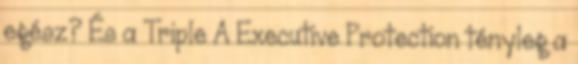
egész? És a Triple A Executive Protection tényleg a